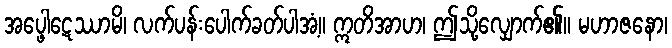
အပ္ဖေါဋေဿာမိ၊ လက်ပန်းပေါက်ခတ်ပါအံ့။ ဣတိအာဟ၊ ဤသို့လျှောက်၏။ မဟာဇနော၊